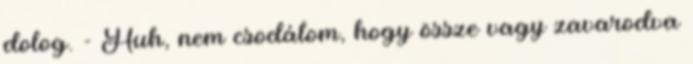
dolog. - Huh, nem csodálom, hogy össze vagy zavarodva